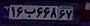
۱۶ب۶۶۸۶۷